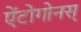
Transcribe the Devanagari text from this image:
ऐंटोगोनस्‌